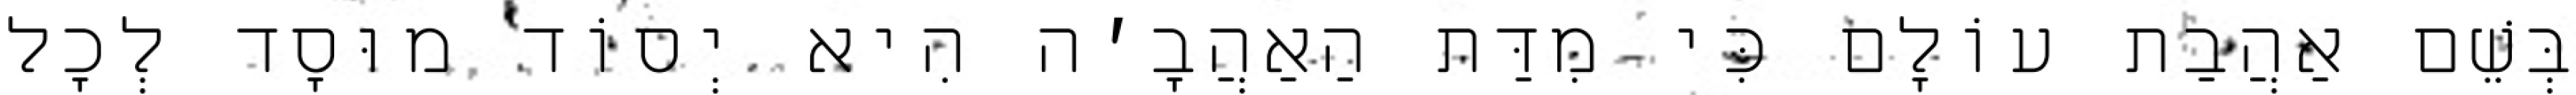
בְּשֵׁם אַהֲבַת עוֹלָם כִּי מִדַּת הַאַהֲבָ׳ה הִיא יְסוֹד מוּסָד לְכׇל